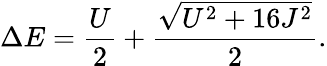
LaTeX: \Delta E=\frac{U}{2}+\frac{\sqrt{U^{2}+16J^{2}}}{2}.